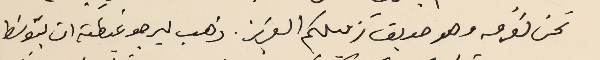
نحن نعرفه وهو صديقَ زميلكم العزيز. ذهب ليرجو غبطته ان يتوسَط